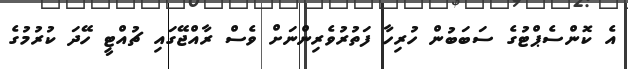
އެ ކޮންސެޕްޓުގެ ސަބަބުން ހުރިހާ ފަތުރުވެރިންނަށް ވެސް ރާއްޖޭގައި ޗުއްޓީ ހޭދަ ކުރުމުގެ